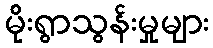
မိုးရွာသွန်းမှုများ